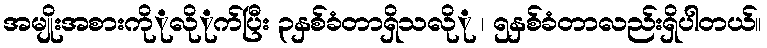
အမျိုးအစားကိုုလိုုက်ပြီး ၃နှစ်ခံတာရှိသလိုု ၊ ၅နှစ်ခံတာလည်းရှိပါတယ်။